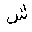
Letter: _shin